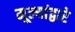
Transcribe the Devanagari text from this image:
मूल्यांद्वारे